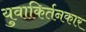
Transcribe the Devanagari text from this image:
युवाकिर्तनकार